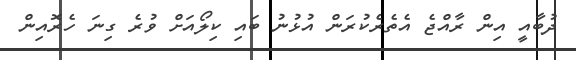
ދުބާއީ އިން ރާއްޖެ އެތެރެކުރަން އުޅުނު ބައި ކިލޯއަށް ވުރެ ގިނަ ހެރޮއިން